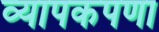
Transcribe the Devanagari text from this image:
व्यापकपणा